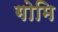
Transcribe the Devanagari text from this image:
गोमि